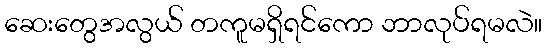
ဆေးတွေအလွယ် တကူမရှိရင်ကော ဘာလုပ်ရမလဲ။